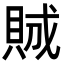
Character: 𧵪